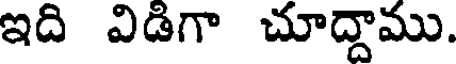
ఇది విడిగా చూద్దాము.